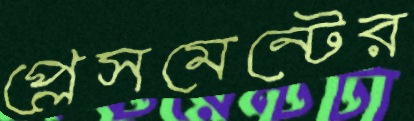
প্লেসমেন্টের